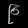
Digit: ၉